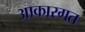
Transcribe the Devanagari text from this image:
आकारगत